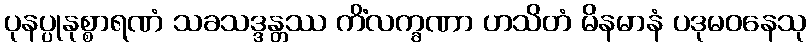
ပုနပ္ပုနုစ္စာရဏံ သခသဒ္ဒန္တဿ ကိံလက္ခဏာ ဟသိတံ မိနမာနံ ပဒုမဝနေသု